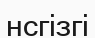
нсгізгі